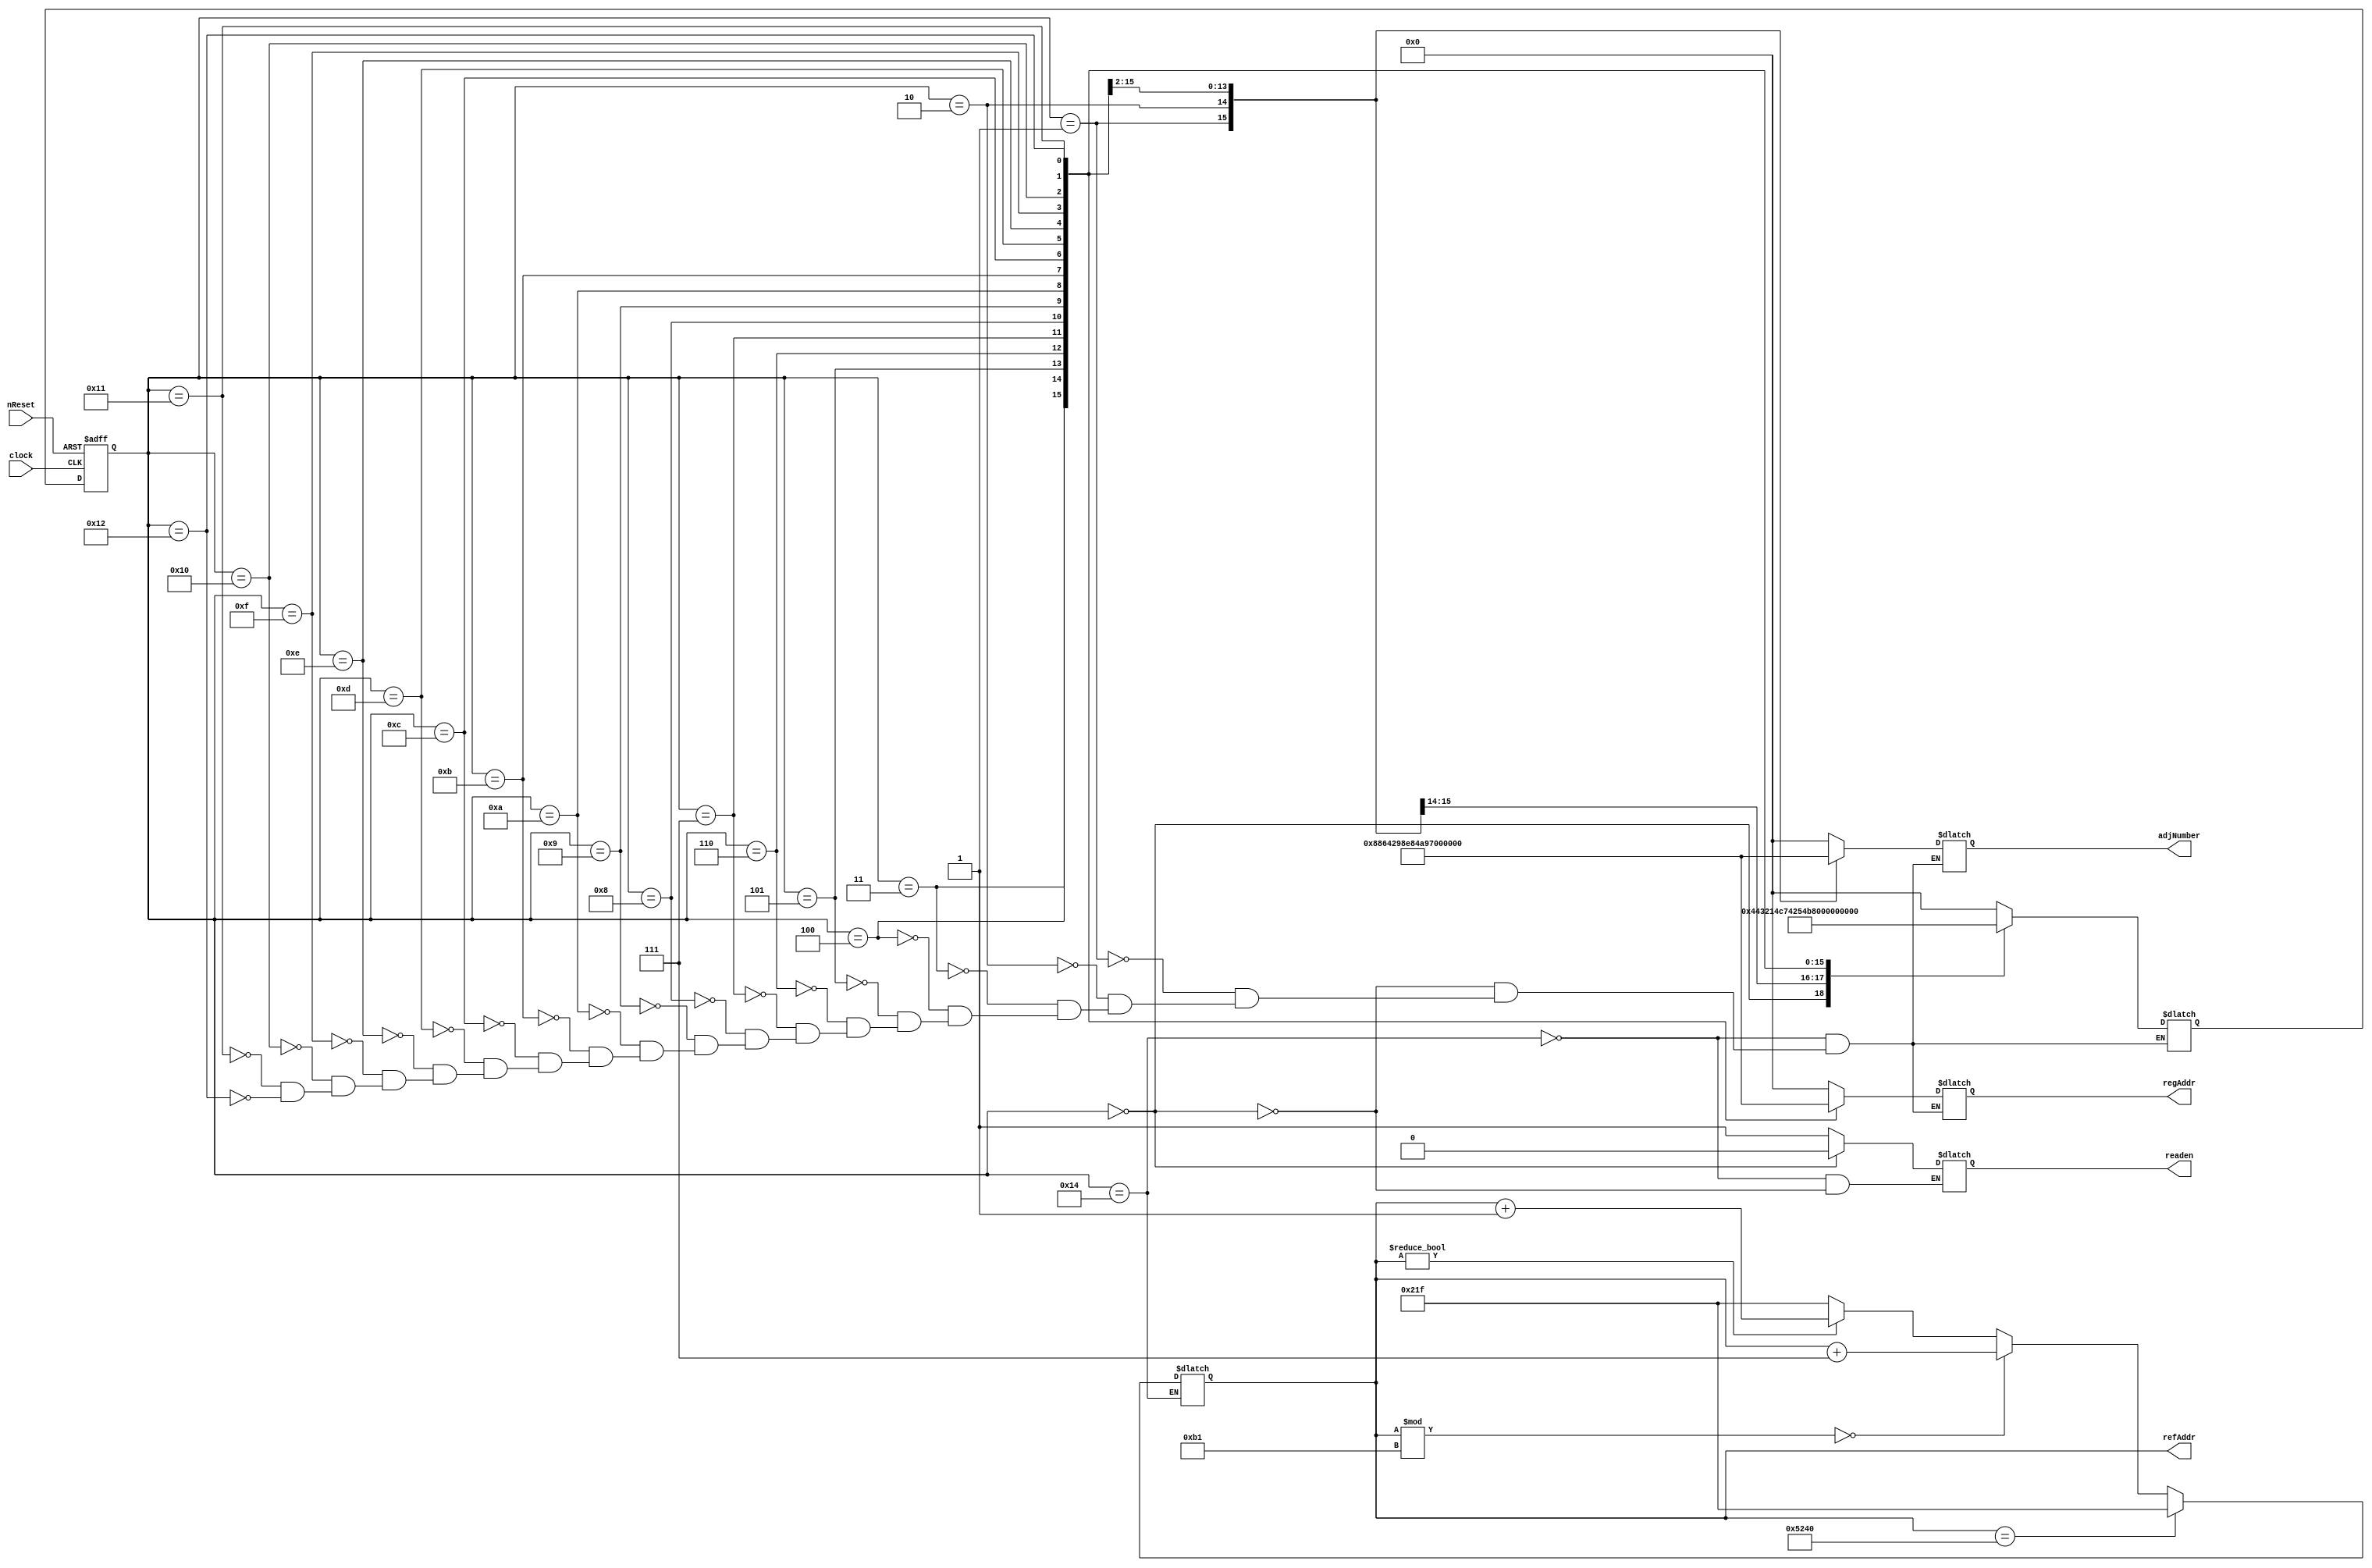
`define INIT 5'd20
`define S0 5'd0
`define S1 5'd1
`define S2 5'd2
`define S3 5'd3
`define S4 5'd4
`define S5 5'd5
`define S6 5'd6
`define S7 5'd7
`define S8 5'd8
`define S9 5'd9
`define S10 5'd10
`define S11 5'd11
`define S12 5'd12
`define S13 5'd13
`define S14 5'd14
`define S15 5'd15
`define S16 5'd16
`define S17 5'd17
`define S18 5'd18

module FD_Controller (clock, nReset, refAddr, adjNumber, regAddr, readen);
	input clock;
	input nReset;
	output [14:0] refAddr;
	output [4:0] adjNumber;
	output [4:0] regAddr;
	output readen;
	
	reg [14:0] refAddr; //  
	reg [4:0] adjNumber; // 16  Index
	reg [4:0] regAddr; //  
	reg readen; // Datapath     enable 
	
	reg [4:0] curState, nextState; //  
	
	//       
	always @(posedge clock or negedge nReset) begin
		if (!nReset)
			curState <= `INIT;
		else
			curState <= nextState;
	end
	
	// FSM
	always @(curState) begin
		casex (curState)
			`INIT: begin
				nextState = `S0;
				adjNumber = 5'bx;
				regAddr = 5'bx;
				readen = 1'b1;
				
				if (refAddr == 15'd21056)
					refAddr = 15'd543;
				else if (refAddr % 177 == 0)
					refAddr = refAddr + 7;
				else if (refAddr != 0)
					refAddr = refAddr + 1;
				else
					refAddr = 15'd543;
			end
		
			`S0: begin
				nextState = `S1;
				adjNumber = `S0;
				regAddr = 5'bx;
				readen = 1'b0;
			end
			
			`S1: begin
				nextState = `S2;
				adjNumber = `S1;
				regAddr = 5'bx;
			end
			
			`S2: begin
				nextState = `S3;
				adjNumber = `S2;
				regAddr = `S0;
			end
			
			`S3: begin
				nextState = `S4;
				adjNumber = `S3;
				regAddr = `S1;
			end
			
			`S4: begin
				nextState = `S5;
				adjNumber = `S4;				
				regAddr = `S2;
			end
			
			`S5: begin
				nextState = `S6;
				adjNumber = `S5;
				regAddr = `S3;
			end
			
			`S6: begin
				nextState = `S7;
				adjNumber = `S6;
				regAddr = `S4;
			end
			
			`S7: begin
				nextState = `S8;
				adjNumber = `S7;
				regAddr = `S5;
			end
			
			`S8: begin
				nextState = `S9;
				adjNumber = `S8;
				regAddr = `S6;
			end
			
			`S9: begin
				nextState = `S10;
				adjNumber = `S9;
				regAddr = `S7;
			end

			`S10: begin
				nextState = `S11;
				adjNumber = `S10;
				regAddr = `S8;
			end
			
			`S11: begin
				nextState = `S12;
				adjNumber = `S11;
				regAddr = `S9;
			end
			
			`S12: begin
				nextState = `S13;
				adjNumber = `S12;
				regAddr = `S10;
			end
			
			`S13: begin
				nextState = `S14;
				adjNumber = `S13;
				regAddr = `S11;
			end
			
			`S14: begin
				nextState = `S15;
				adjNumber = `S14;
				regAddr = `S12;
			end
			
			`S15: begin
				nextState = `S16;
				adjNumber = `S15;
				regAddr = `S13;
			end
			
			`S16: begin
				nextState = `S17;
				adjNumber = `S16;
				regAddr = `S14;
			end
			
			`S17: begin
				nextState = `S18;
				adjNumber = 5'bx;
				regAddr = `S15;
			end
			
			`S18: begin
				nextState = `INIT;
				adjNumber = 5'bx;
				regAddr = `S16;
			end
		endcase
	end
endmodule